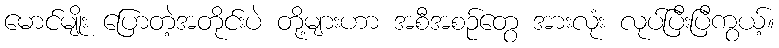
မောင်မျိုး ပြောတဲ့အတိုင်းပဲ တို့များဟာ အစီအစဉ်တွေ အားလုံး လုပ်ပြီးပြီကွယ့်။